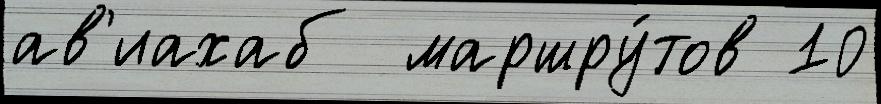
ав'иахаб  маршру́тов 10